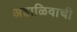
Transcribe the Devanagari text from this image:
अहाळिवाची